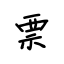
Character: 票